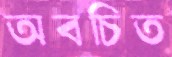
অবচিত